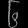
Digit: ၆